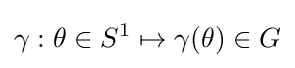
\gamma :\theta \in S^{1}\mapsto \gamma (\theta )\in G